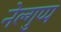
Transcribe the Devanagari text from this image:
नेल्गुप्प